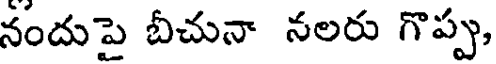
నందుపై బీచునా నలరు గొప్ప,